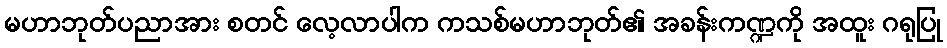
မဟာဘုတ်ပညာအား စတင် လေ့လာပါက ကသစ်မဟာဘုတ်၏ အခန်းကဏ္ဍကို အထူး ဂရုပြု